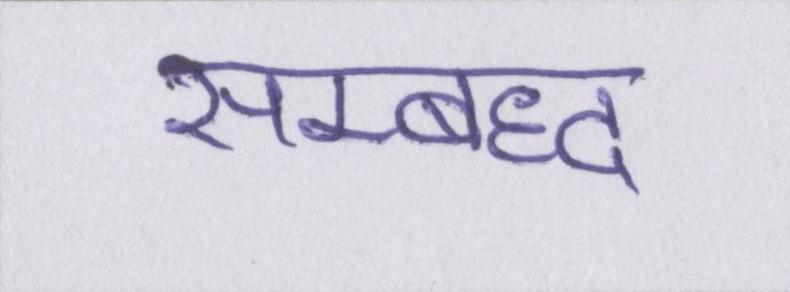
सम्बध्द